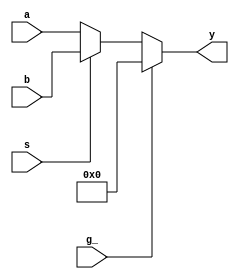
// This code is part of the model collection of AM29xx Bitslice devices
// Copyright (C) 2019  Holger Veit (hveit01@web.de)
//
//    This program is free software; you can redistribute it and/or modify
//    it under the terms of the GNU General Public License as published by
//    the Free Software Foundation; either version 3 of the License, or (at
//    your option) any later version.
//
//    This program is distributed in the hope that it will be useful, but
//    WITHOUT ANY WARRANTY; without even the implied warranty of
//    MERCHANTABILITY or FITNESS FOR A PARTICULAR PURPOSE. See the GNU
//    General Public License for more details.
//
//    You should have received a copy of the GNU General Public License
//    along with this program; if not, see <http://www.gnu.org/licenses/>.
//
//

// am74ls157 N 2-to-1 multiplexer
// use PARAMETER WIDTH for number of multiplexers
// ls157 is WIDTH=4

`timescale 1ns / 100ps

module am74ls157(a, b, g_, s, y);
parameter WIDTH=4;
input [WIDTH-1:0] a, b;
input g_;
input s;

output [WIDTH-1:0] y;

assign y = (g_==1'b1) ? {WIDTH{1'b0}} : ((s==1'b0) ? a : b);

endmodule